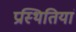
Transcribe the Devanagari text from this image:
प्रस्थितियां